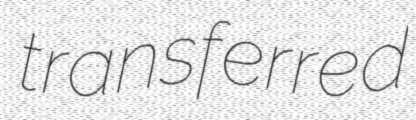
transferred